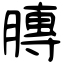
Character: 膞